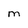
Character: M